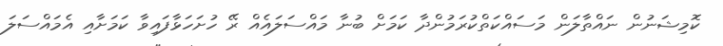
ކޮމިޝަނުން ނައްތާލަން މަސައްކަތްކުރަމުންދާ ކަމަށް ބުނާ މައްސަލައެއް ރޭ ހުށަހަޅާފައިވާ ކަމަށާއި އެމައްސަލަ